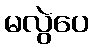
မလွဲပေ